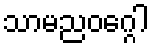
သာမညဝဂ္ဂေါ